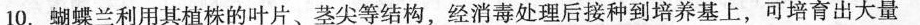
10.蝴蝶兰利用其植株的叶片、茎尖等结构，经消毒处理后接种到培养基上，可培育出大量